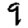
Digit: 9